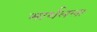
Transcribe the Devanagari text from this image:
मार्शलला